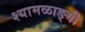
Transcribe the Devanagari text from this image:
श्यामळाङ्गी